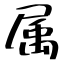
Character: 属